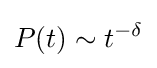
P(t)\sim t^{-\delta }